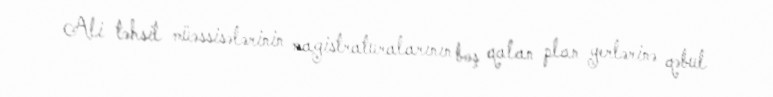
Ali təhsil müəssisələrinin magistraturalarının boş qalan plan yerlərinə qəbul